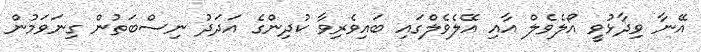
އޭނާ ވިދާޅުވީ އޯލެވެލް އާއި އޭލެވެލްގައި ބައިވެރިވާ ކުދިންގެ އަދަދު ނިސްބަތުން ގިނަވަމުން